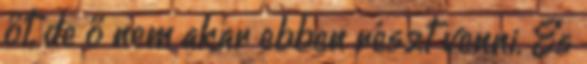
őt, de ő nem akar ebben részt venni. És